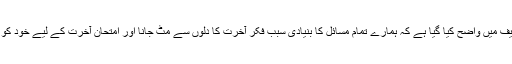
اِس مایہ ناز تصنیف میں واضح کیا گیا ہے کہ ہمارے تمام مسائل کا بنیادی سبب فکرِ آخرت کا دلوں سے مٹ جانا اور اِمتحانِ آخرت کے لیے خود کو تیار نہ کرنا ہے۔